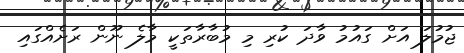
ޖުމުލަ އަށް ގައުމު ވާދަ ކުރި މި މުބާރާތަކީ މާލެ ނޫން ރަށެއްގައި